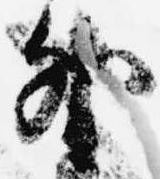
外